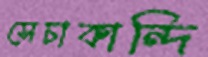
সেচাকান্দি